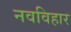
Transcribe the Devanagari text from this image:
नवविहार